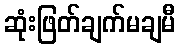
ဆုံးဖြတ်ချက်မချမီ